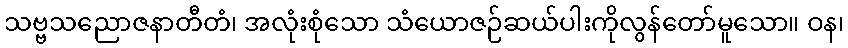
သဗ္ဗသညောဇနာတီတံ၊ အလုံးစုံသော သံယောဇဉ်ဆယ်ပါးကိုလွန်တော်မူသော။ ဝန၊